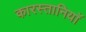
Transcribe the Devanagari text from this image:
कारस्तानियाॅ